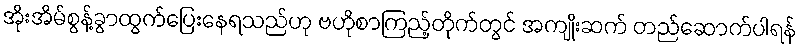
အိုးအိမ်စွန့်ခွာထွက်ပြေးနေရသည်ဟု ဗဟိုစာကြည့်တိုက်တွင် အကျိုးဆက် တည်ဆောက်ပါရန်